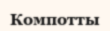
Компотты